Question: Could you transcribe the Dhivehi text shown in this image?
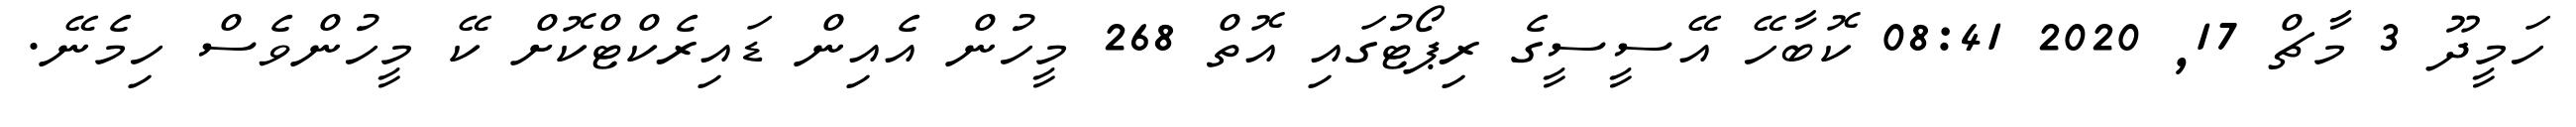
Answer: ހަމީދޫ 3 މާޗް 17, 2020 08:41 ކޮބާހޭ އޭސީސީގެ ރިޕޯޓުގައި އޮތް 268 މީހުން އެއިން ޑައިރެކްޓްކޮށް ކޭ މީހުންވެސް ހިމެނޭ.